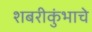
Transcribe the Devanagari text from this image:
शबरीकुंभाचे